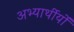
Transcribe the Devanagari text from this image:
अभ्यार्थीयों